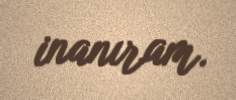
inanıram.